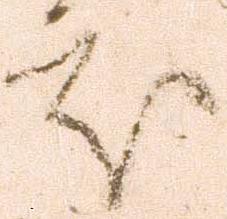
処